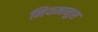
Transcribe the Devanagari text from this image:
नियमानुस